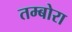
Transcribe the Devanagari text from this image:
तम्बोरा